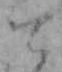
て